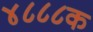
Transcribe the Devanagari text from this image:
४८८८क